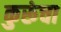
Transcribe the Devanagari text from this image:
कुरूंचा